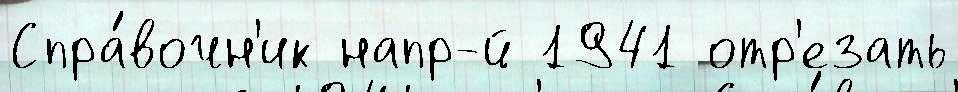
Спра́вочн'ик напр-й 1941 отр'езать